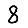
Digit: 8